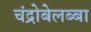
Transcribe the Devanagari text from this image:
चंद्रोबेलब्बा